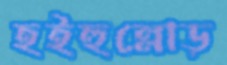
হইহুল্লোড়